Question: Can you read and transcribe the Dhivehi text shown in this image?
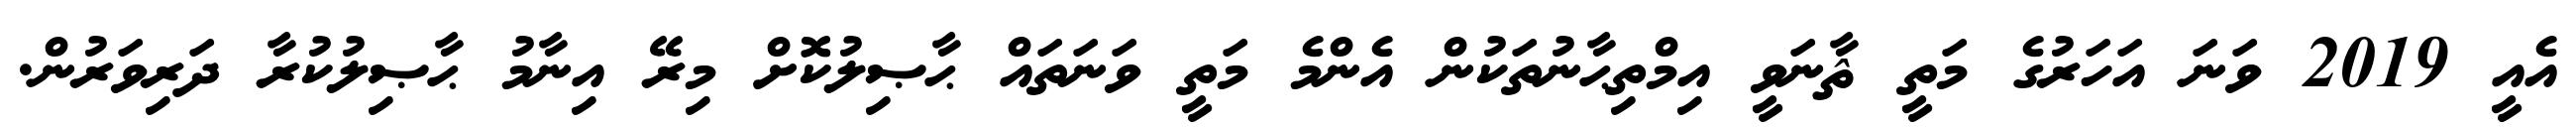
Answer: އެއީ 2019 ވަނަ އަހަރުގެ މަތީ ޘާނަވީ އިމްތިޙާނުތަކުން އެންމެ މަތީ ވަނަތައް ޙާޞިލުކޮށް މިރޭ އިނާމު ޙާޞިލުކުރާ ދަރިވަރުން.